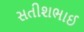
સતીશભાઈ